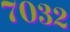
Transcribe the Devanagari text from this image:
७०३२